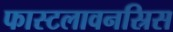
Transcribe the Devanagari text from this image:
फास्टलावनस्रिस